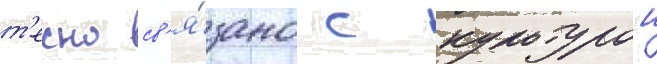
т'есно св'я́зано с культурои